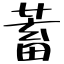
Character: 蓄